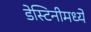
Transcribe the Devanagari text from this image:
डेस्टिनीमध्ये